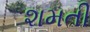
શમતી